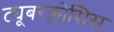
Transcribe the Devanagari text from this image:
ट्यूबरक्लोसिस